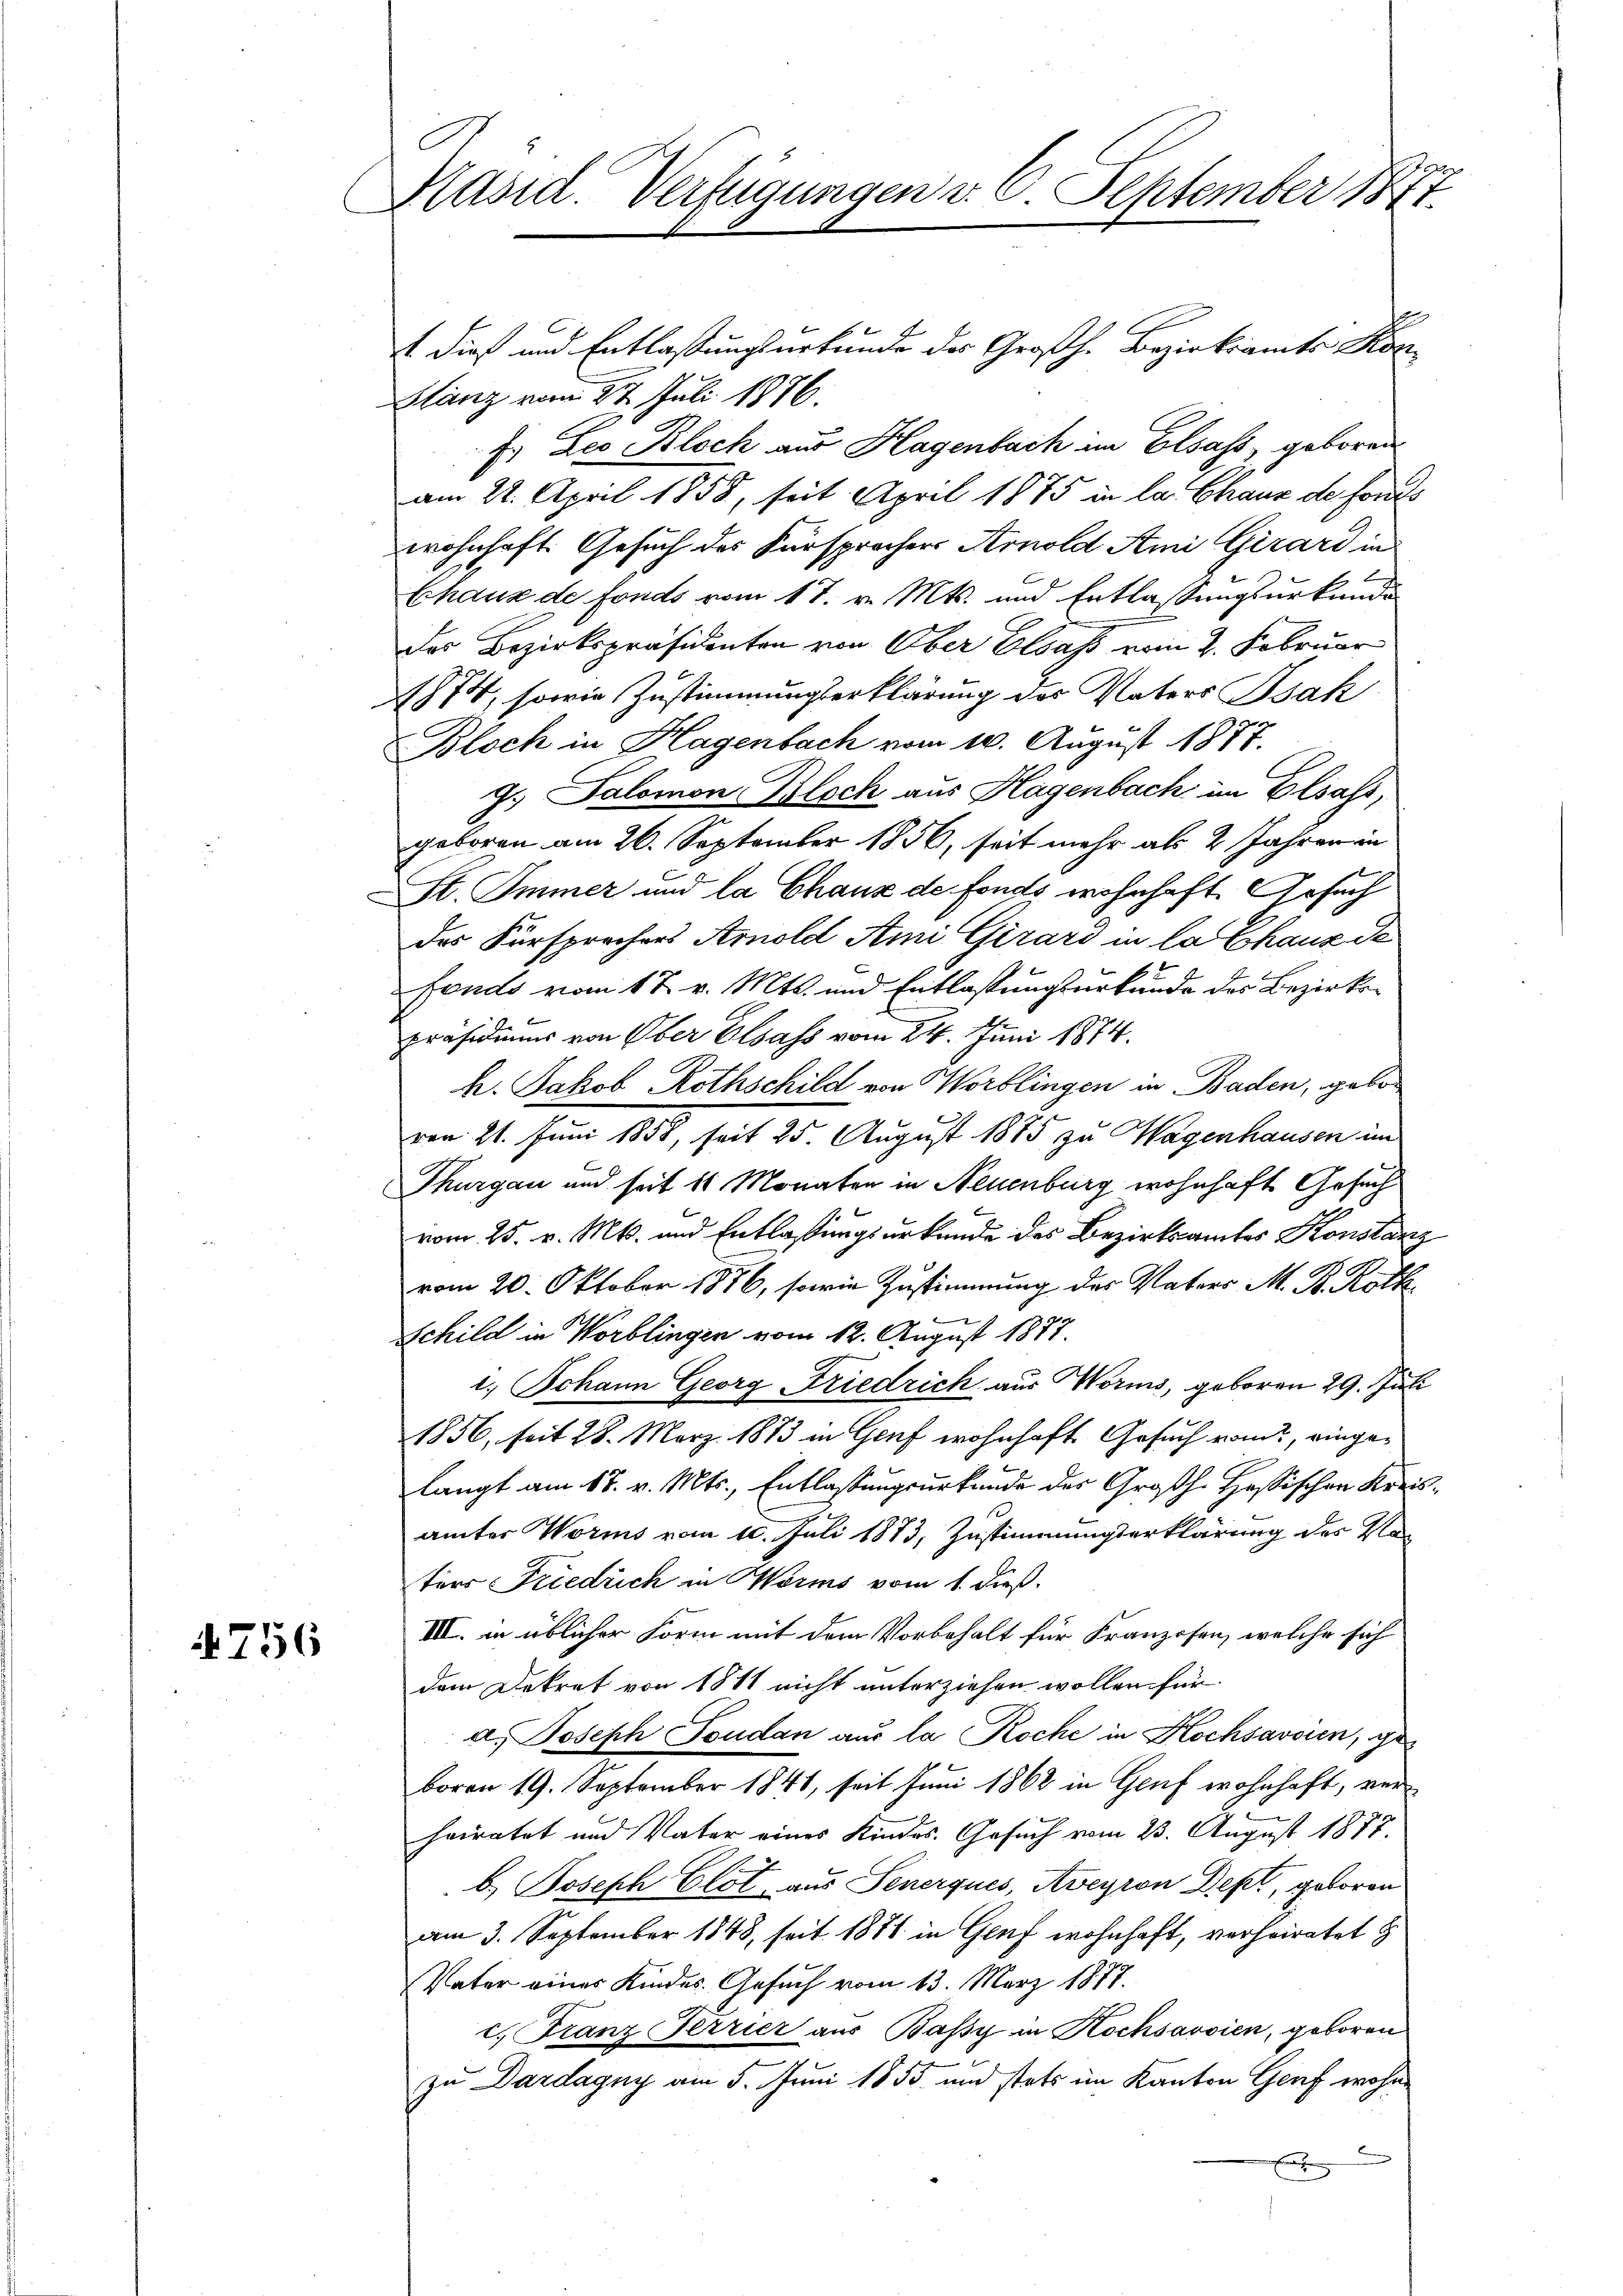
4756

Präsid. Verfügungen v. 6. September 1874.

1 dieß und Entlaßungsurkunde des Großh. Bezirksamts Kon¬
Glanz vom 27. Juli 1876.
Es Leo Kloch aus Hagenbach im Elsass, geboren
am 22. April 1858, seit April 1875 in la Chaux de forts
wohnhaft. Gesuch des Fürsprachers Arnold Smi Girard in
Chaux de fonds vom 17. v. Mts. und Entlassungsurkunde
des Bezirkspräsidenten von Ober Elsass vom 2. Februar
1874, sowie Zustimmungserklärung des Vaters Bsak
Bloch in Hagenbach vom 10. August 1877.
g. Salomon Bloch aus Hagenbach im Elsass,
geboren am 26. September 1856, seit mehr als 2 Jahren in
St. Immer und la Chaux de fonds wohnhaft. Gesuch
das Fürsprechens Arnold Ami Girard in la chanz de
Fonds vom 17. v. Mts. und Entlastungsurkunde des Bezirkspräsidiums von Ober Elsass vom 24. Juni 1874.
h. Jakob Rothschild von Worblingen in Baden, gebovon 21. Juni 1858, seit 25. August 1885 zu Hagenhausen im
Thurgau und seit 11 Monaten in Neuenburg wohnhaft Gesuch
vom 25. v. Mts. und Entlassungsurkunde des Bezirksamtes Konstanz
vom 20. Oktober 1876, sowie Zustimmung des Vaters M. R. Röth
x
Schild in Worblingen vom 12. August 1877.
1.) Johann Georg Friedrich aus Worms, geboren 29. Juli
1856, seit 28. März 1873 in Genf wohnhaft Gesuch vom eingelangt am 18. v. Mts., Entlassungsurkunde des Großh. Hassischen Kreisämter Worms vom 10. Juli 1873, Zustimmungserklärung des Vaters Friedrich in Worms vom 1. dieß.
III. in üblicher Form mit dem Vorbehalt für Kranzosen, welche sich
dem Dekret von 1811 nicht unterziehen wollen für
a. Joseph Foudan aus la Roche in Hochsavoren, ge
boren 19. September 1841, seit Juni 1868 in Genf wohnhaft, verheiratet und Vater eines Kindes. Gesuch vom 23. August 1877.
b.) Joseph Clot, aus Senerques, Aveyron Dept, geboren
am 3. September 1848, seit 1871 in Genf wohnhaft, verheiratet
Vater eines Kindes Gesuch vom 13. März 1877.
c. Franz Terrier aus Bassy in Kochsarsien, geboren
zu Dardagny am 5. Juni 1853 und stets im Kanton Graf wohn
E